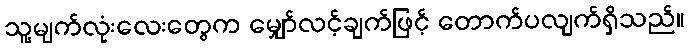
သူ့မျက်လုံးလေးတွေက မျှော်လင့်ချက်ဖြင့် တောက်ပလျက်ရှိသည်။